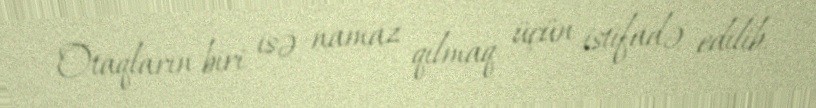
Otaqların biri isə namaz qılmaq üçün istifadə edilib.